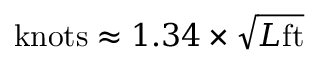
{ \mathrm { k n o t s } } \approx 1 . 3 4 \times { \sqrt { L { \mathrm { f t } } } }